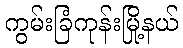
ကွမ်းခြံကုန်းမြို့နယ်